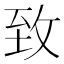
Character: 致